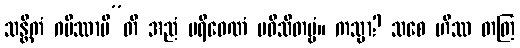
သန္တိကံ ဂမိဿာမီ”တိ အညံ ပရိဝေဏံ ပဝိသိတဗ္ဗံ။ ကသ္မာ? သစေ ဟိဿ တတြ